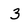
Character: 3